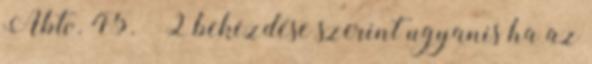
Abtv. 45. § 2 bekezdése szerint ugyanis ha az